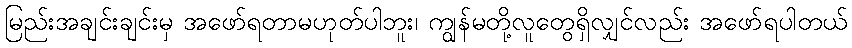
မြည်းအချင်းချင်းမှ အဖော်ရတာမဟုတ်ပါဘူး၊ ကျွန်မတို့လူတွေရှိလျှင်လည်း အဖော်ရပါတယ်